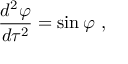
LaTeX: { \frac { d ^ { 2 } \varphi } { d \tau ^ { 2 } } } = \sin \varphi \ ,